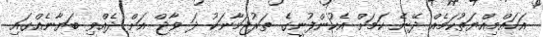
އަހައްމިއްޔަތުކަމެއް ދޭނެ ކަމަށް އެކުންފުނީގެ ތަރުޖަމާނަކު ދަ ވާޖް އަށް ދެއްވި ބަޔާނެއްގައި